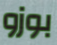
بوزو